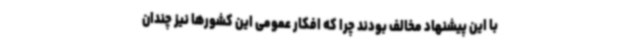
با این پیشنهاد مخالف بودند چرا که افکار عمومی این کشورها نیز چندان